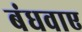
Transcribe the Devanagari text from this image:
बंधवाए